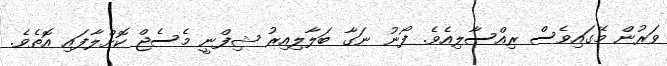
ވަރުން މޭގައިވެސް ރިއްސާލިއެވެ. ފޯނު ނަގާ ބަލާލިއިރު ޝިފްނީ މެސެޖް ކޮށްލާފައި އޮތެވެ.